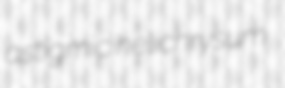
astigmic helichrysum